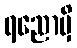
ရညောမှိ